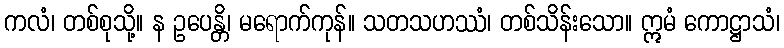
ကလံ၊ တစ်စုသို့။ န ဥပေန္တိ၊ မရောက်ကုန်။ သတသဟဿံ၊ တစ်သိန်းသော။ ဣမံ ကောဋ္ဌာသံ၊